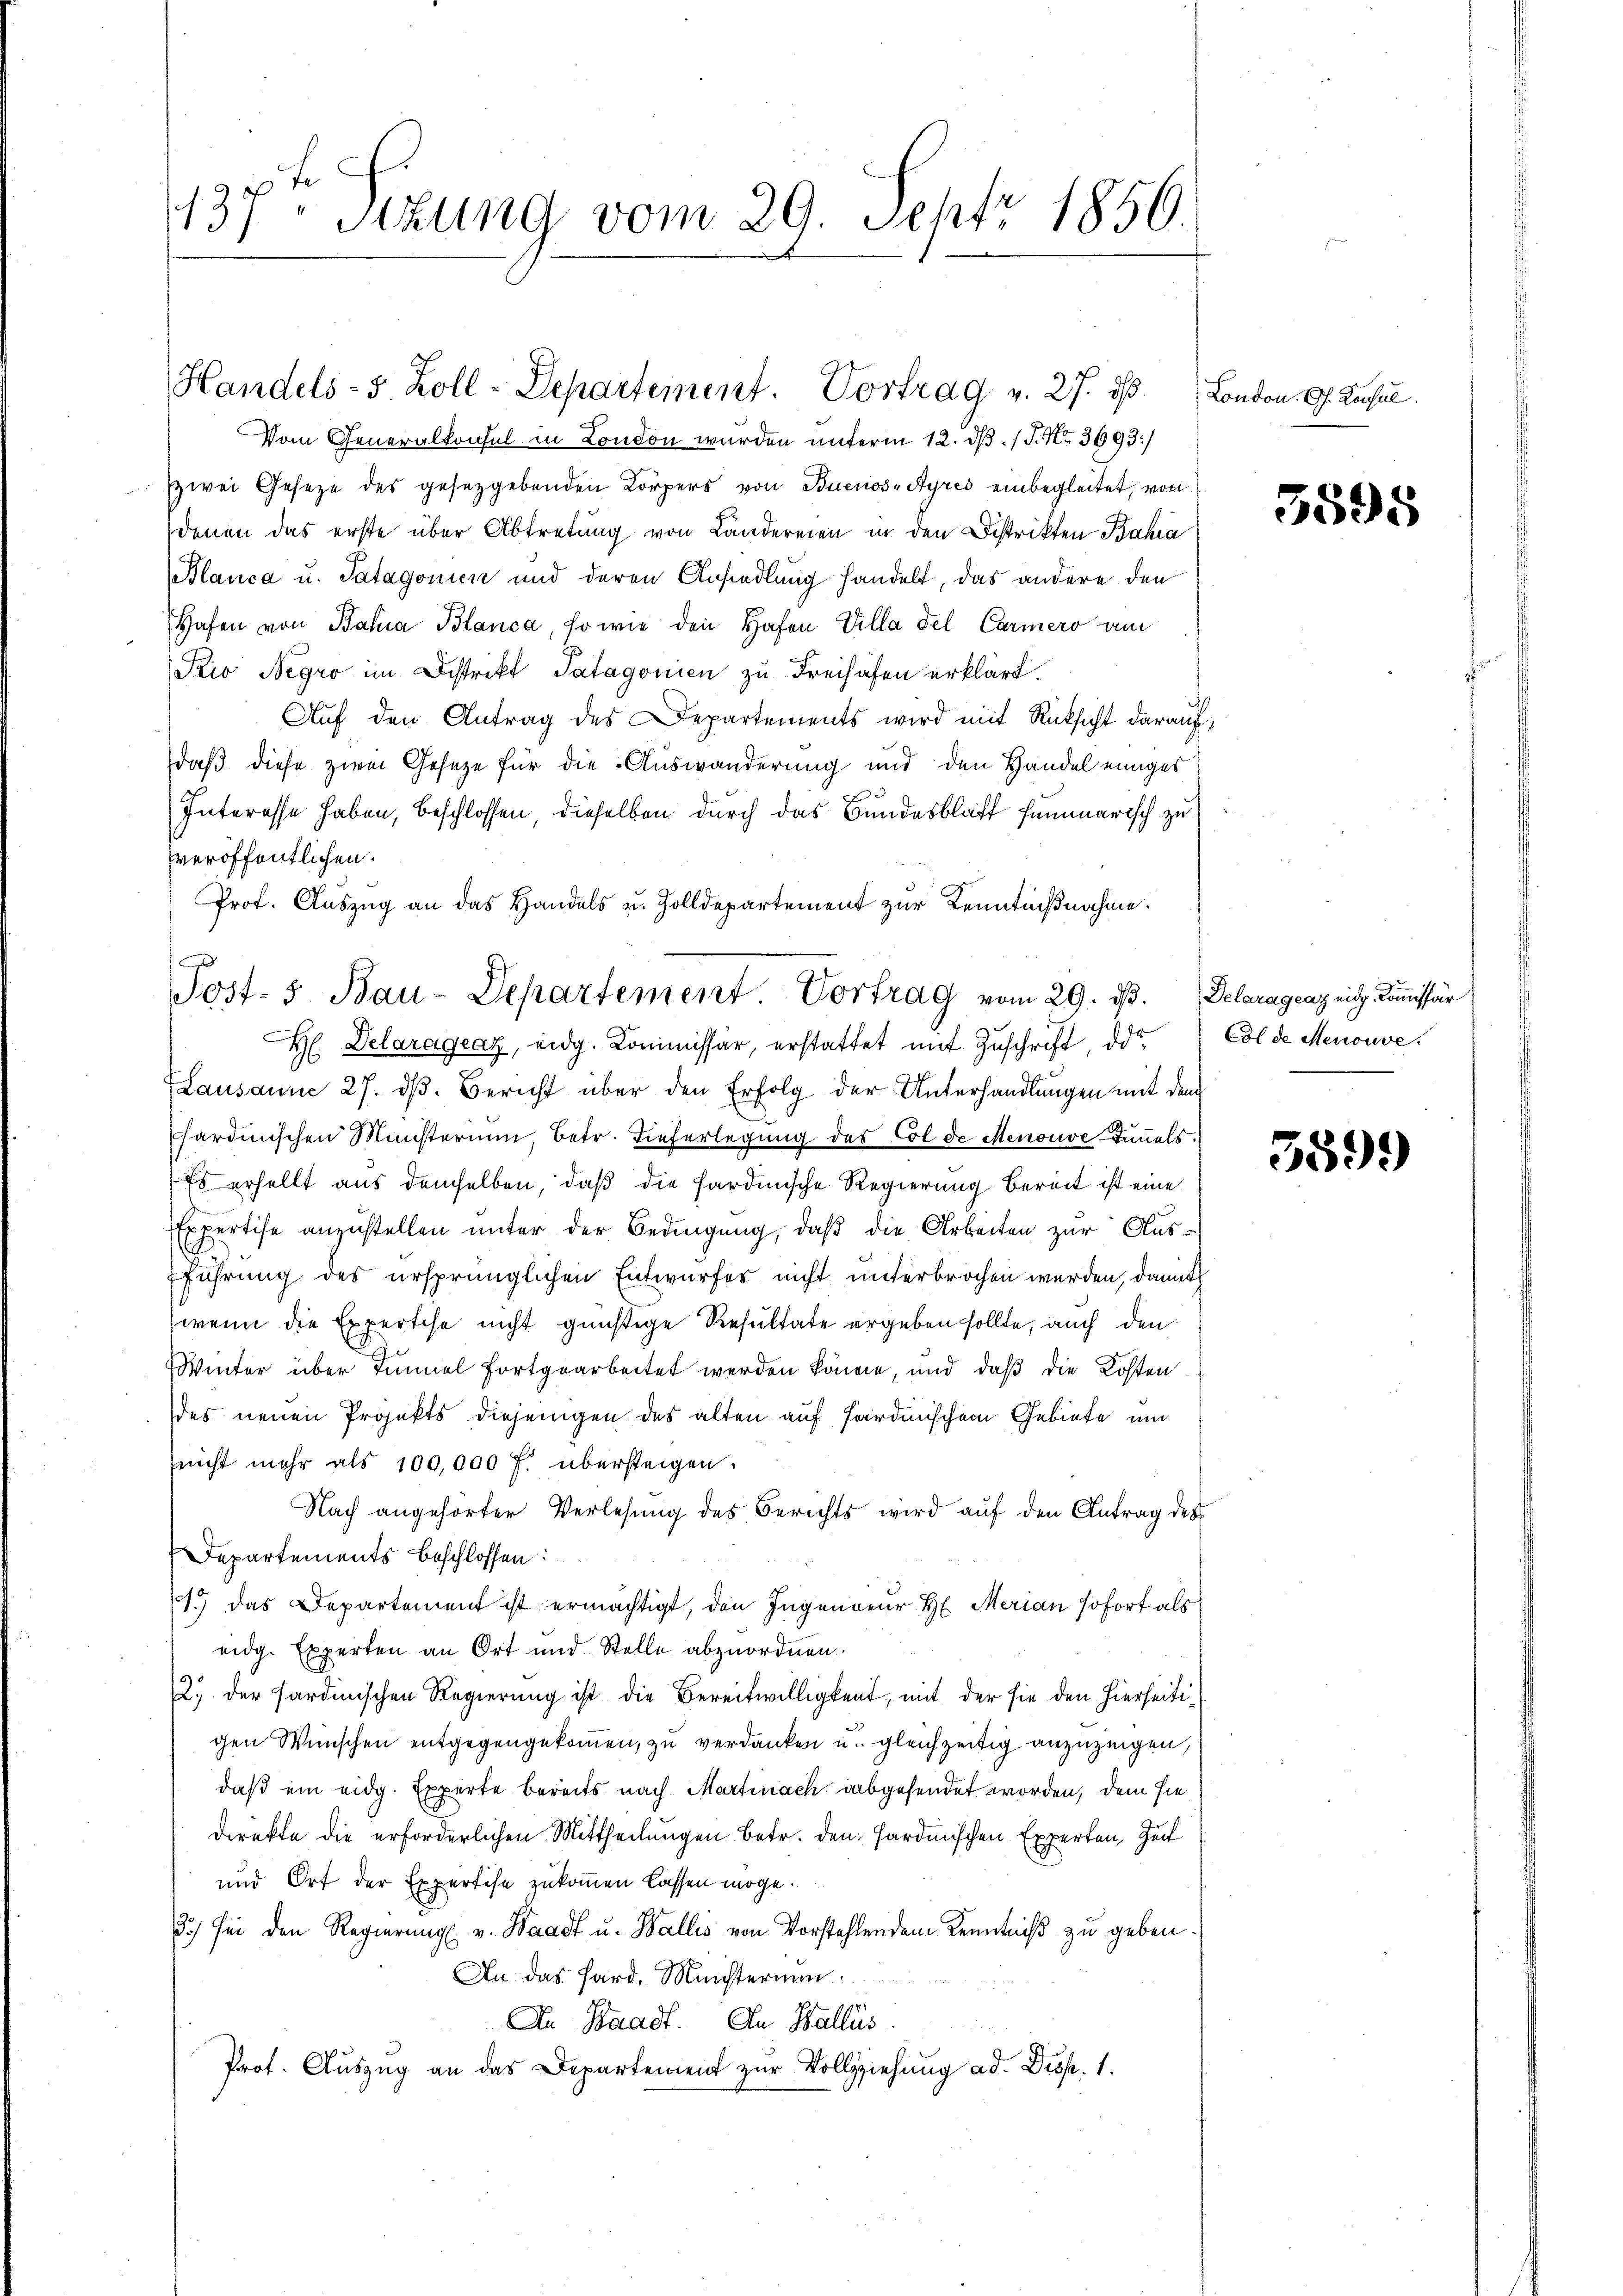
1137. Sitzung vom 29. Septr 1856.

Handels- 5. Zoll-Departement. Vortrag v. 27. ds. London. Ch. Konsul

Vom Generalkonsul in London wurden unterm 12. d. J. No. 3693/
zwei Gesetze des gesetzgebenden Körpers von Buenos-Ayres einbegleitet, von
denen das erste über Abtretung von Landereien in den Distrikten Bahia
Blanca u. Patagonin und deren Ansiedlung handelt, das andere den
Hafen von Bahia Blanca, so wie den Hafen Villa del Carmero am
Kio Negro im Distrikt Patagonien zu Freihafen erklärt.
Aŭf den Antrag des Departements wird mit Rücksicht darauf,
daß diese zwei Gesetze für die Auswanderung und den Handel einiges
Interesse haben, beschlossen, dieselben durch das Bundesblatt summarisch zu
veröffentlichen.
Prof. Auszug an das Handels u. Zolldepartement zur Kenntnißnahme.
Lausanne 27. dβ. Bericht über den Erfolg der Unterhandlungen mit dem
sardinischen Ministerium, betr. Tieferlegung des Col de Stenouve Tinels.
Es erhellt aus demselben, daß die sardinische Regierung bereit ist eine
Expertise anzustellen unter der Bedingung, daβ die Arbeiten zur Aus-
führung des ursprünglichen Entwurfes nicht unterbrochen werden, damit
wenn die Expertise nicht günstige Resultate ergeben sollte, auch den
Winter über Tunnel fortgearbeitet werden könne, und daß die Kosten
des neuen Projekts diejenigen das alten auf Hardinischen Gebiete um
nicht mehr als 100,000 f. übersteigen.
Nach angehörter Verlesung des Berichts wird auf den Antrag des
Departements beschlossen:
1.) Das Departement ist ermächtigt, den Ingendeur H. Merian sofort als
eidg. Experten an Ort und Stelle abzuordnen.
2. der Sardinischen Regierung ist die Bereitwilligkeit, mit der sie den hierseitigen Wünschen entgegengekommen, zu verdanken u. gleichzeitig anzuzeigen,
daß ein eidg. Experte bereits nach Martinach abgesendet worden, dem sie
Direkte die erforderlichen Mittheilungen betr. den Hardmischen Experten, Zeit
und Ort der Expertise zukommen lassen möge.
3) sei den Regierung v. Waadt u. Wallis von Vorstehlen dem Kenntniß zu geben
An das Hard. Meisterium
An Waadt. An Wallis
Prof. Auszug an das Departement zur Vollziehung ad. Disp. 1.

.
Post- 5. Bau-Departement. Vortrag vom 29. d. Delaragcaz eit. Commissär
H Delaragraz, eidg. Kommissär, erstattet mit Zuschrift, da

3598

Col de Menouve

559.